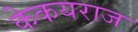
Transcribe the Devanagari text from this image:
केकयराज